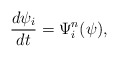
\begin{align*}\frac{d\psi_i}{dt}= \Psi^{n}_i(\psi), \end{align*}